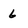
Character: 6